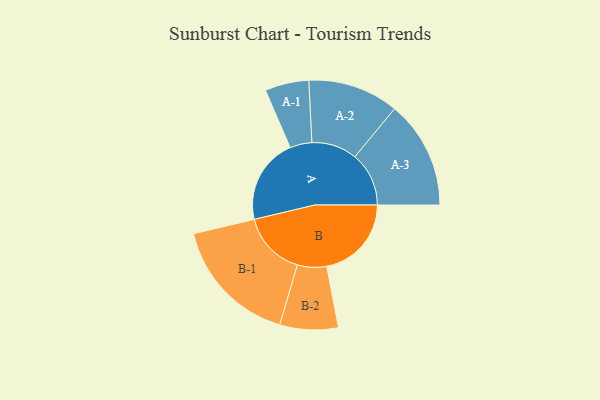
{"axis": {"x": "Segment", "y": "Value"}, "legend": ["", "A", "B"], "data": [{"x": "A", "y": 390, "type": ""}, {"x": "B", "y": 386, "type": ""}, {"x": "A-1", "y": 100, "type": "A"}, {"x": "A-2", "y": 207, "type": "A"}, {"x": "A-3", "y": 246, "type": "A"}, {"x": "B-1", "y": 294, "type": "B"}, {"x": "B-2", "y": 133, "type": "B"}]}